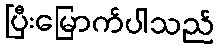
ပြီးမြောက်ပါသည်